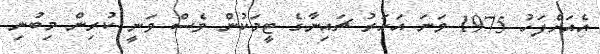
އެއަށްފަހު 1975 ވަނަ އަހަރު ޗައިނާގެ ޓީމަކުން ވެސް ވަނީ ކުރިން މިބުނި